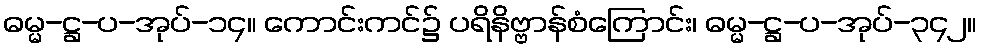
ဓမ္မ-ဋ္ဌ-ပ-အုပ်-၁၄။ ကောင်းကင်၌ ပရိနိဗ္ဗာန်စံကြောင်း၊ ဓမ္မ-ဋ္ဌ-ပ-အုပ်-၃၄၂။